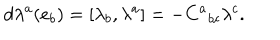
LaTeX: d \lambda ^ { a } ( e _ { b } ) = [ \lambda _ { b } , \lambda ^ { a } ] = - C ^ { a } { } _ { b c } \lambda ^ { c } .